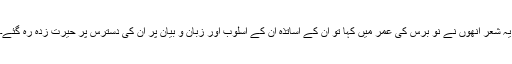
یہ شعر انھوں نے نو برس کی عمر میں کہا تو ان کے اساتذہ ان کے اسلوب اور زبان و بیان پر ان کی دسترس پر حیرت زدہ رہ گئے۔